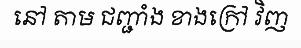
នៅ តាម ជញ្ជាំង ខាងក្រៅ វិញ